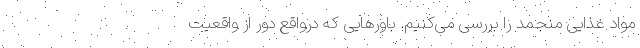
مواد غذایی منجمد را بررسی می‌کنیم. باورهایی که درواقع دور از واقعیت